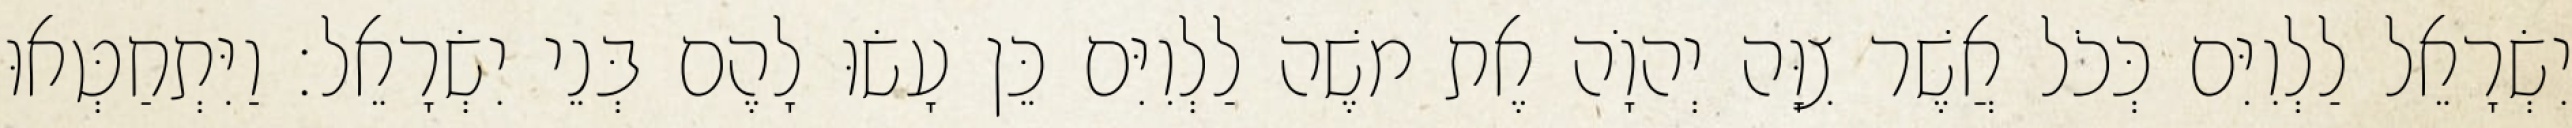
יִשְׂרָאֵל לַלְוִיִּם כְּכֹל אֲשֶׁר צִוָּה יְהוָֹה אֶת משֶׁה לַלְוִיִּם כֵּן עָשׂוּ לָהֶם בְּנֵי יִשְׂרָאֵל׃ וַיִּתְחַטְּאוּ